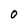
Character: O